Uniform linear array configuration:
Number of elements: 32
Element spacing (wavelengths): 0.25
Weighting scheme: blackman
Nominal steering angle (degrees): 15
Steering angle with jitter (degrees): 15.517
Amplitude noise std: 0.05
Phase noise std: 0.05

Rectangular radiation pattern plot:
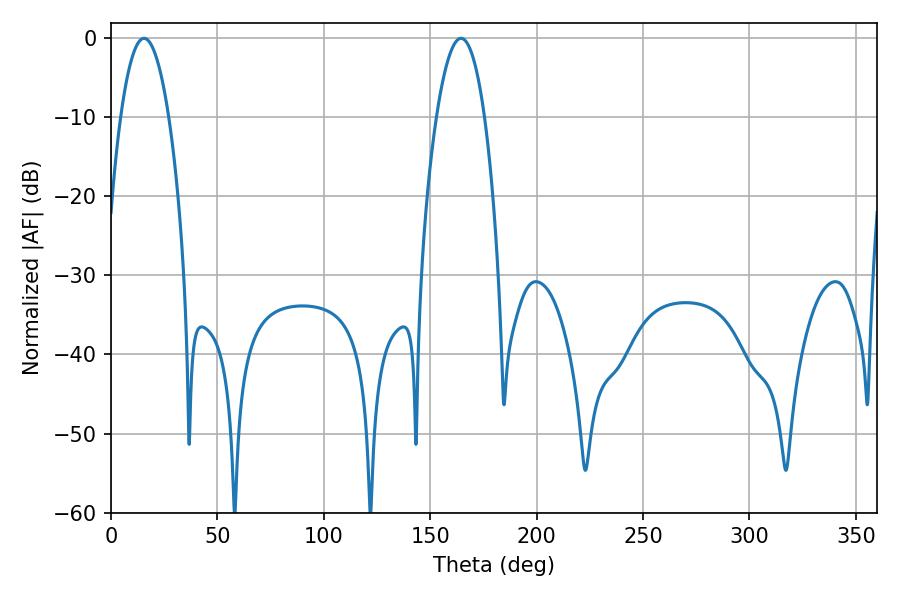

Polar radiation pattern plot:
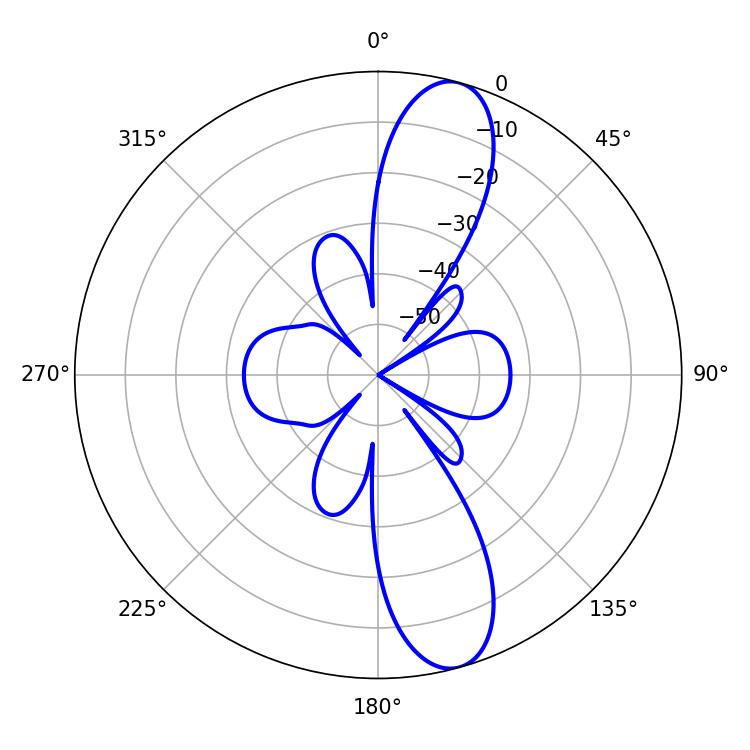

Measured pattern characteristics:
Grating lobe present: FALSE
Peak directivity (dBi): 12.027
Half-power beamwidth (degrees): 12.42
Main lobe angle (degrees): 15.48